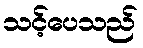
သင့်ပေသည်